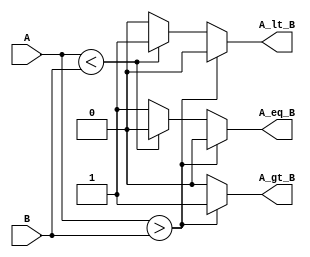
module ParameterizedComparator #(
    parameter WIDTH = 8  // Default bit-width is set to 8
)(
    input  wire [WIDTH-1:0] A,  // Input A
    input  wire [WIDTH-1:0] B,  // Input B
    output reg  A_gt_B,          // Output: A > B
    output reg  A_lt_B,          // Output: A < B
    output reg  A_eq_B           // Output: A == B
);

    // Always block for combinational logic
    always @(*) begin
        // Initialize outputs to zero
        A_gt_B = 1'b0;
        A_lt_B = 1'b0;
        A_eq_B = 1'b0;

        // Compare A and B
        if (A > B) begin
            A_gt_B = 1'b1;  // A is greater than B
        end else if (A < B) begin
            A_lt_B = 1'b1;  // A is less than B
        end else begin
            A_eq_B = 1'b1;  // A is equal to B
        end
    end

endmodule